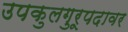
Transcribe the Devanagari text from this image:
उपकुलगुरूपदावर